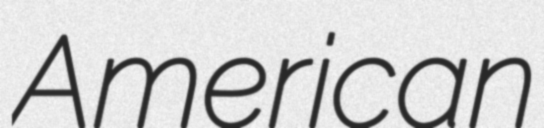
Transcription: American